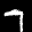
Label: 7